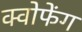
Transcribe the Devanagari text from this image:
क्वोफेंग